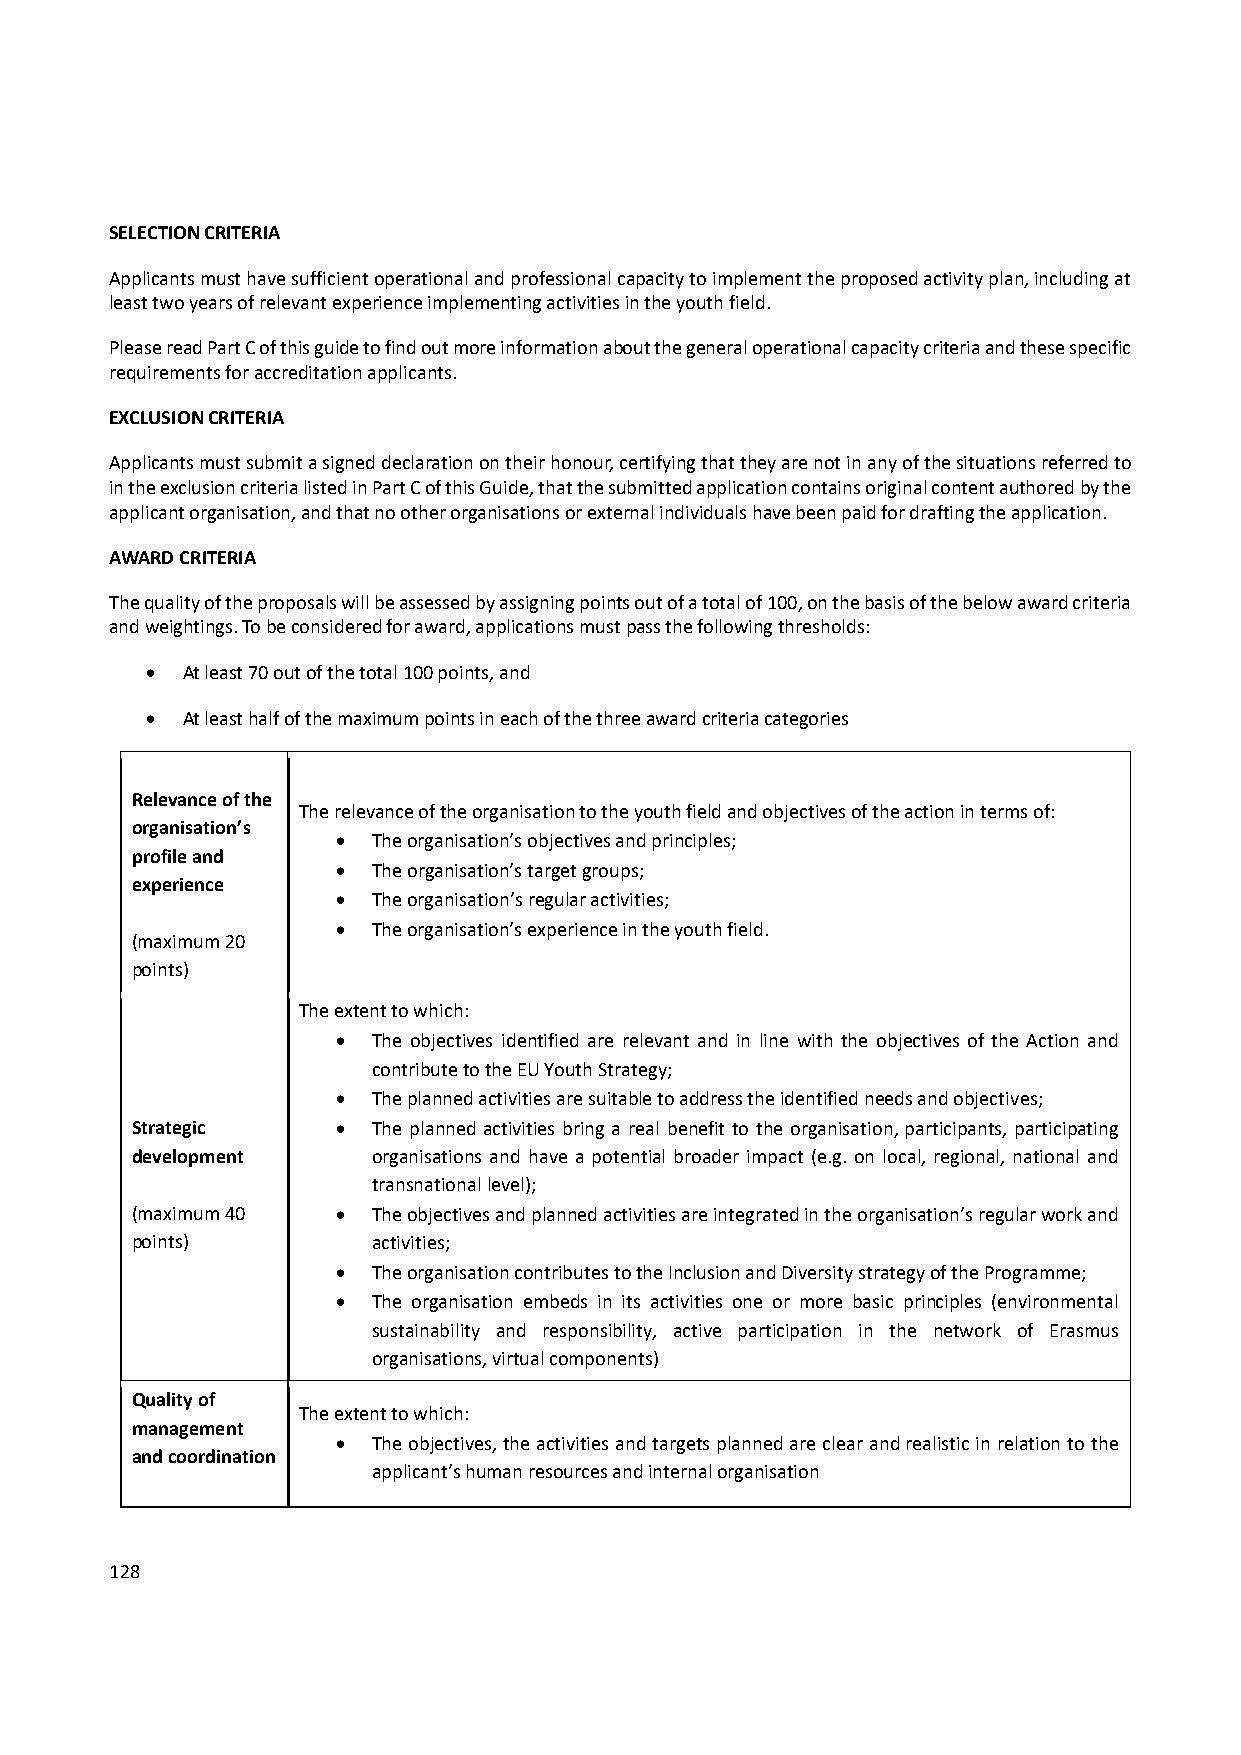
SELECTION CRITERIA
 Applicants must have sufficient operational and professional capacity to implement the proposed activity plan, including at
 least two years of relevant experience implementing activities in the youth field.
 Please read Part C of this guide to find out more information about the general operational capacity criteria and these specific
 requirements for accreditation applicants.
 EXCLUSION CRITERIA
 Applicants must submit a signed declaration on their honour, certifying that they are not in any of the situations referred to
 in the exclusion criteria listed in Part C of this Guide, that the submitted application contains original content authored by the
 applicant organisation, and that no other organisations or external individuals have been paid for drafting the application.
 AWARD CRITERIA
 The quality of the proposals will be assessed by assigning points out of a total of 100, on the basis of the below award criteria
 and weightings. To be considered for award, applications must pass the following thresholds:
  At least 70 out of the total 100 points, and
  At least half of the maximum points in each of the three award criteria categories
 Relevance of the
 The relevance of the organisation to the youth field and objectives of the action in terms of:
 organisation’s
   The organisation’s objectives and principles;
 profile and
   The organisation’s target groups;
 experience
   The organisation’s regular activities;
   The organisation’s experience in the youth field.
 (maximum 20
 points)
 The extent to which:
   The objectives identified are relevant and in line with the objectives of the Action and
 contribute to the EU Youth Strategy;
   The planned activities are suitable to address the identified needs and objectives;
 Strategic      The planned activities bring a real benefit to the organisation, participants, participating
 development     organisations and have a potential broader impact (e.g. on local, regional, national and
 transnational level);
 (maximum 40    The objectives and planned activities are integrated in the organisation’s regular work and
 points)         activities;
   The organisation contributes to the Inclusion and Diversity strategy of the Programme;
   The organisation embeds in its activities one or more basic principles (environmental
 sustainability and responsibility, active participation in the network of Erasmus
 organisations, virtual components)
 Quality of
 The extent to which:
 management
   The objectives, the activities and targets planned are clear and realistic in relation to the
 and coordination
 applicant’s human resources and internal organisation
 128